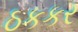
ઠકકર